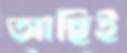
আছিই